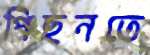
পিছনতে